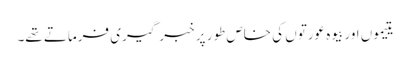
یتیموں اور بیوہ عورتوں کی خاص طور پر خبر گیری فرماتے تھے۔